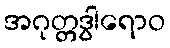
အဂုတ္တဒွါရောဝ